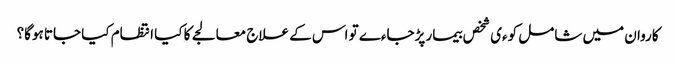
کاروان میں شامل کوءی شخص بیمار پڑجاءے تو اس کے علاج معالجے کا کیا انتظام کیا جاتا ہوگا؟